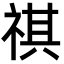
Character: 祺